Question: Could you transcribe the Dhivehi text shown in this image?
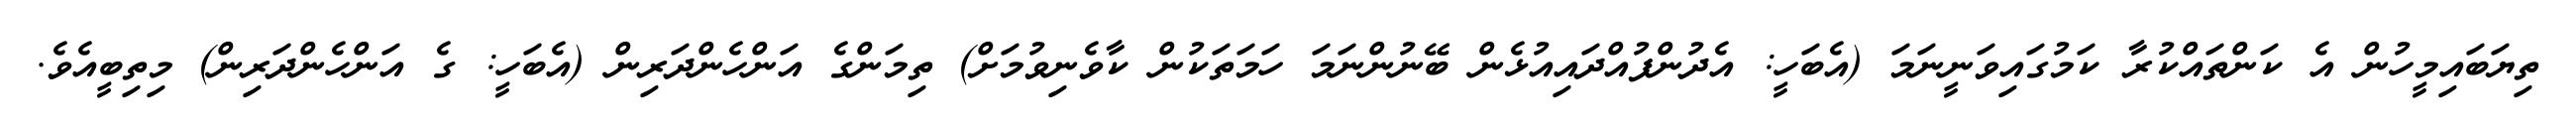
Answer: ތިޔަބައިމީހުން އެ ކަންތައްކުރާ ކަމުގައިވަނީނަމަ (އެބަހީ: އެދުންފުއްދައިއުޅެން ބޭނުންނަމަ ހަމަތަކުން ކާވެނިވުމަށް) ތިމަންގެ އަންހެންދަރިން (އެބަހީ: ގެ އަންހެންދަރިން) މިތިބީއެވެ.